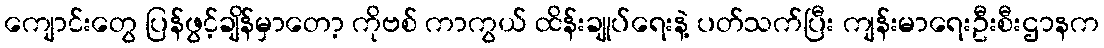
ကျောင်းတွေ ပြန်ဖွင့်ချိန်မှာတော့ ကိုဗစ် ကာကွယ် ထိန်းချုပ်ရေးနဲ့ ပတ်သက်ပြီး ကျန်းမာရေးဦးစီးဌာနက